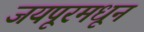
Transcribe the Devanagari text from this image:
जयपूरमधून